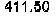
411.50